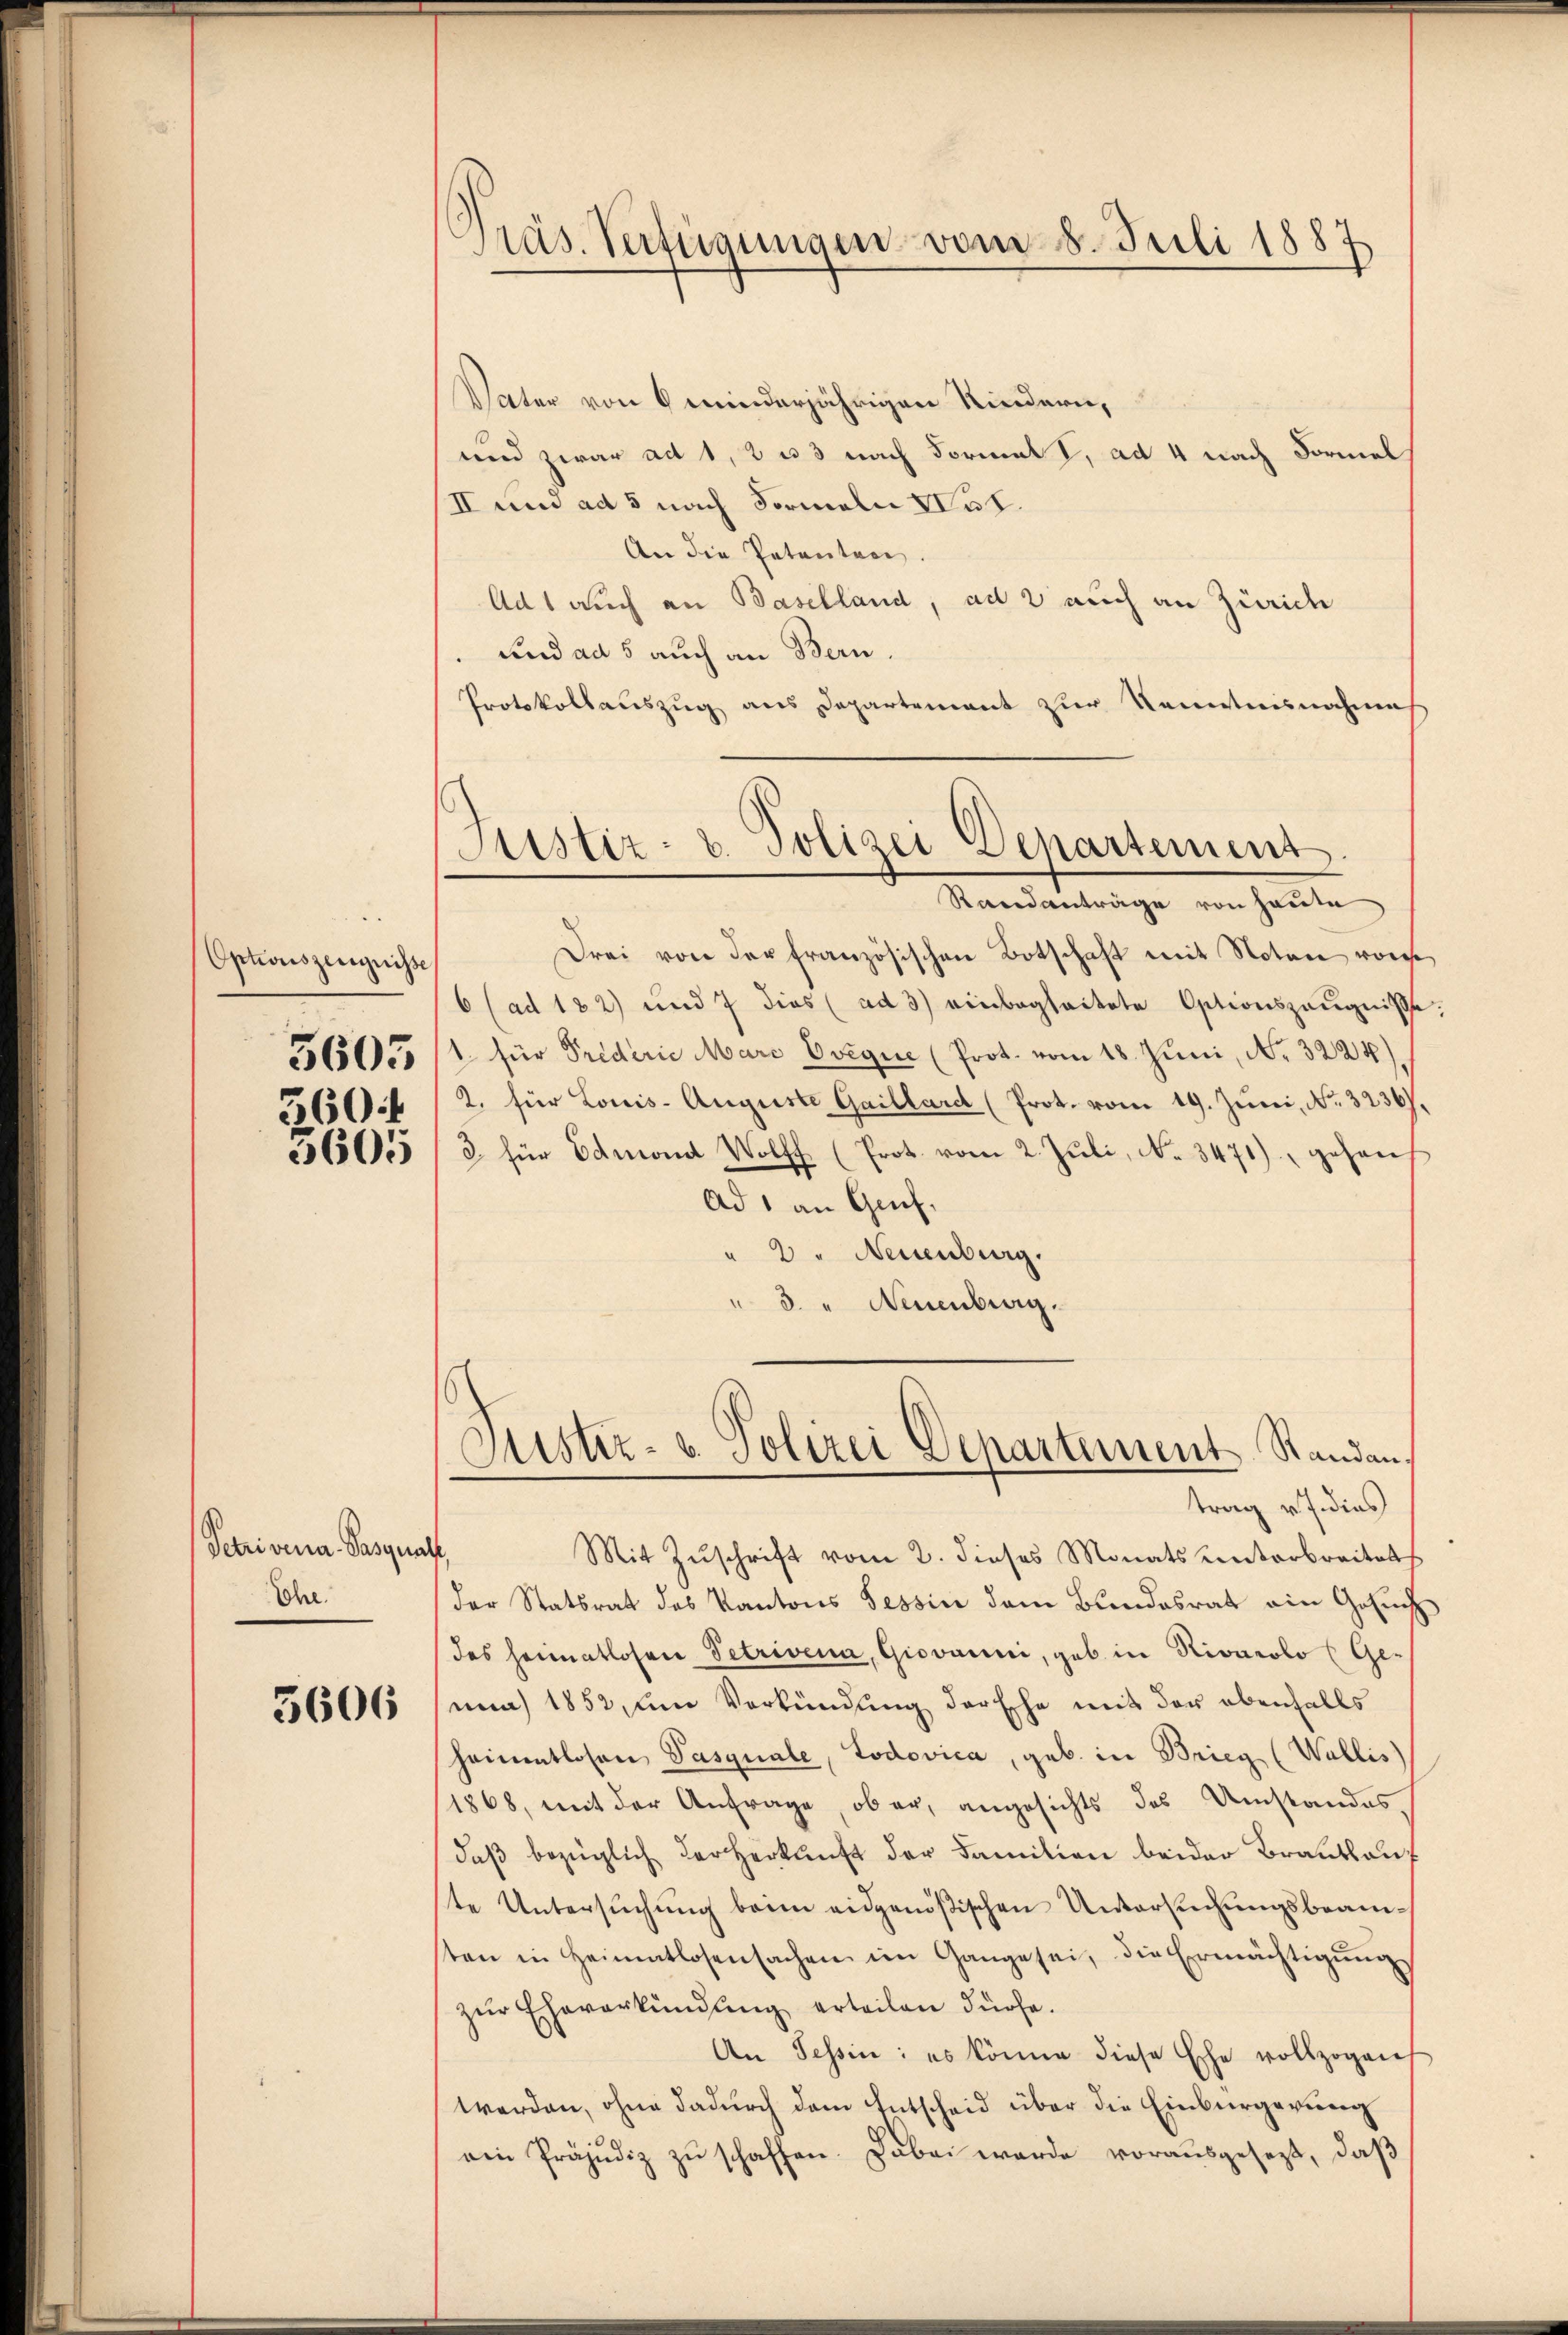
Optionszeugnisse
260

Petri vena-Pasqual
Ehe.

5606

Präs. Verfügungen vom 8. Juli 1887

Justiz- u. Polizei-Departement
Randanträge von heute

Vater von 6 minderjährigen Kindern,
und zwar ad 1, 2 u 3 nach Formal I, ad 4 nach Formel
/II und ad 5 nach Formeln IV 38.
An die Patenten.
Ad 1 auch an Baselland, ad 2 auch an Zürich
Kind ad 5 auch an Bern.
Protokollauszug aus Departement zur Kenntnisnahmes
Drei von der französischen Botschaft mit Noten von
6 (ad 122) und 7 dies (ad 3) einbegleitete Optionszeugniße
356505 (1. für Triderie Marc Evigue (Prot. vom 18. Juni, Nr. 3224)
2. für Louis- Auguste Gaillard (Prot. vom 19. Jŭni, No. 3236).
3605/3 für Admond Wolff (Prot. vom 2. Jŭli, No. 3471), gehauf
Ad 1 an Gef
" 2. Neuenburg.
" 3. " Neuenburg.
Suster- u. Polizei Departement Standantrag v. J. dies
Mit Zŭschrift vom 2. dieses Monats unterbreitets
der Statsrat des Kantons Tessin dem Bundesrat ein Gesuch
des Heimatlosen Petrivena, Giovanni, gab in Rivacolo (Ge-
unn 1852, um Verkündung der Ehe mit der ebenfalls
heimentlosen Pasquale, Lodovica, geb. in Brieg (Wallis)
1868, mit der Anfrage, ob er, angesichts das Umstandesdaβ bezüglich der Herkunft der Familien beider Brautlauf
te Untersuchung beim eidgenößischen Untersuchungsbeamsten in Heimatlosensachen im Gange sei, die Ermächtigŭng
zŭr Eheverkündung erteilen dürfe.
An Tessin: es könne diese Ehe vollzogen
werden, ohne dadurch dem Entscheid über die Einbürgerung
ein Präjudiz zŭ schaffen. Dabei werde vorausgesezt, daβ